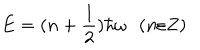
E = ( n + \frac { 1 } { 2 } ) \hbar \omega \ \ \, ( n \varepsilon Z )